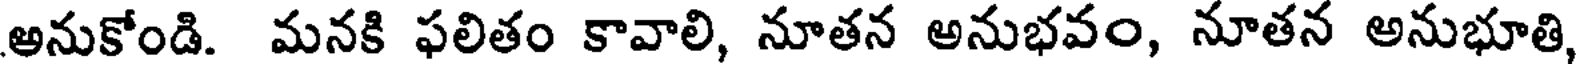
అనుకోండి. మనకి ఫలితం కావాలి, నూతన అనుభవం, నూతన అనుభూతి,